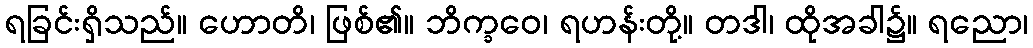
ရခြင်းရှိသည်။ ဟောတိ၊ ဖြစ်၏။ ဘိက္ခဝေ၊ ရဟန်းတို့။ တဒါ၊ ထိုအခါ၌။ ရညော၊